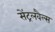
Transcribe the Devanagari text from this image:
सेंट्रलवैल्स